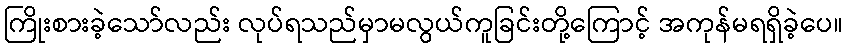
ကြိုးစားခဲ့သော်လည်း လုပ်ရသည်မှာမလွယ်ကူခြင်းတို့ကြောင့် အကုန်မရရှိခဲ့ပေ။